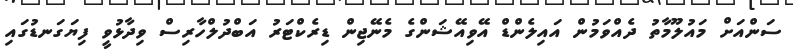
ސަންއަށް މައުލޫމާތު ދެއްވަމުން އައިލެންޑް އޭވިއޭޝަންގެ މެނޭޖިން ޑިރެކްޓަރު އަބްދުލްހާރިސް ވިދާޅުވީ ފިޔަގަނޑުގައި